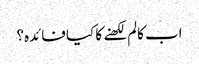
اب کالم لکھنے کا کیا فائدہ؟